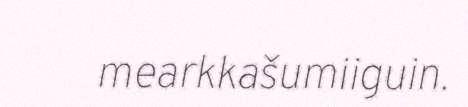
mearkkašumiiguin.